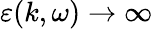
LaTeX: \varepsilon(k,\omega)\rightarrow\infty